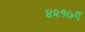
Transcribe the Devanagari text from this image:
४२१७ए